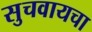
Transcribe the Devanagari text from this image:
सुचवायचा